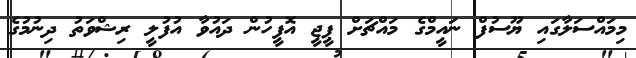
މިމައްސަލާގައި ޔޫސުފް ނައީމްގެ މައްޗަށް ޕީޖީ އޮފީހުން ދައުވާ އުފުލީ ރިޝްވަތު ދިނުމުގެ